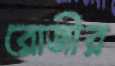
রোজীর